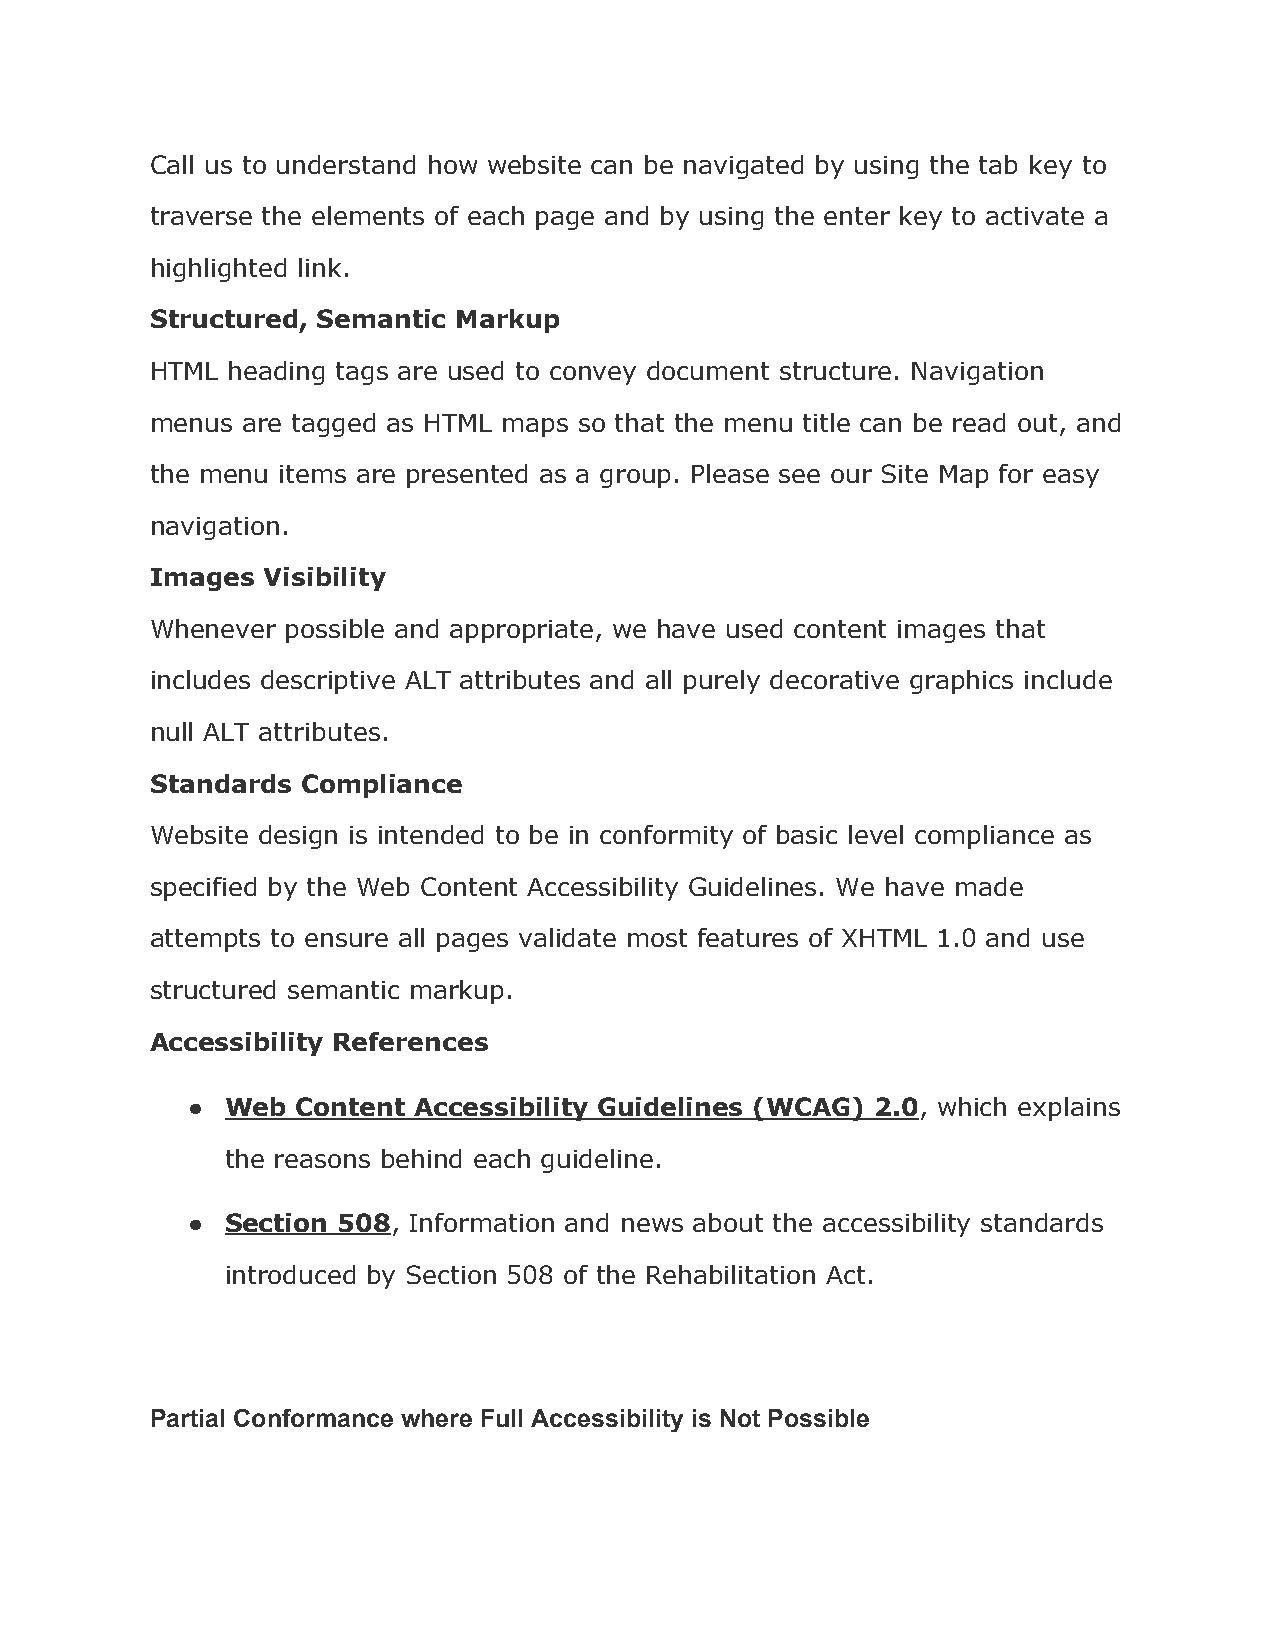
Call us to understand how website can be navigated by using the tab key to
 traverse the elements of each page and by using the enter key to activate a
 highlighted link.
 Structured, Semantic Markup
 HTML heading tags are used to convey document structure. Navigation
 menus are tagged as HTML maps so that the menu title can be read out, and
 the menu items are presented as a group. Please see our Site Map for easy
 navigation.
 Images Visibility
 Whenever possible and appropriate, we have used content images that
 includes descriptive ALT attributes and all purely decorative graphics include
 null ALT attributes.
 Standards Compliance
 Website design is intended to be in conformity of basic level compliance as
 specified by the Web Content Accessibility Guidelines. We have made
 attempts to ensure all pages validate most features of XHTML 1.0 and use
 structured semantic markup.
 Accessibility References
 ●  Web  Content Accessibility Guidelines (WCAG) 2.0, which explains
 ​
 the reasons behind each guideline.
 ●  Section 508, Information and news about the accessibility standards
 ​
 introduced by Section 508 of the Rehabilitation Act.
 Partial Conformance where Full Accessibility is Not Possible